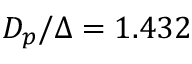
D _ { p } / \Delta = 1 . 4 3 2